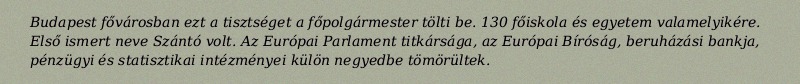
Budapest fővárosban ezt a tisztséget a főpolgármester tölti be. 130 főiskola és egyetem valamelyikére. Első ismert neve Szántó volt. Az Európai Parlament titkársága, az Európai Bíróság, beruházási bankja, pénzügyi és statisztikai intézményei külön negyedbe tömörültek.